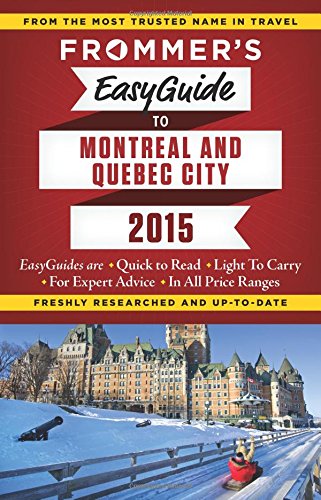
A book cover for Frommer's EasyGuide to Montreal and Quebec City 2015 (Frommer's Easyguide to Montreal & Quebec City); Erin Trahan; Travel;